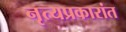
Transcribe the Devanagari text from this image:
नृत्यप्रकारांत